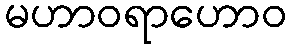
မဟာဝရာဟောဝ